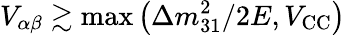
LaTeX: V_{\alpha\beta}\gtrsim\operatorname*{max}\left(\Delta m_{31}^{2}/2E,V_{\mathrm{CC}}\right)